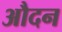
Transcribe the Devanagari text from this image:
औदन